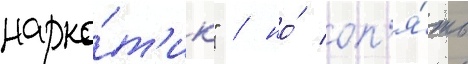
нарко́т'ик" / но́ оп'я́ть